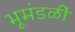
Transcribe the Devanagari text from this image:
भूमंडळीं